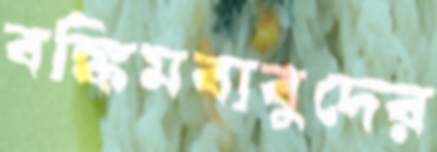
বঙ্কিমবাবুদের